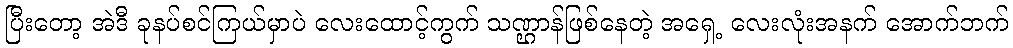
ပြီးတော့ အဲဒီ ခုနပ်စင်ကြယ်မှာပဲ လေးထောင့်ကွက် သဏ္ဌာန်ဖြစ်နေတဲ့ အရှေ့ လေးလုံးအနက် အောက်ဘက်